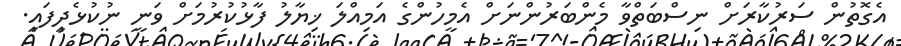
އެގޮތުން ސަރުކާރަށް ނިސްބަތްވާ މެންބަރުންނަށް އެމީހުންގެ އަމިއްލަ ޚިޔާލު ފާޅުކުރުމަށް ވަނީ ނުކުޅެދިފައި.